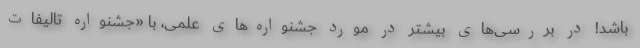
باشد! در بررسی‌های بیشتر در مورد جشنواره‌های علمی، با «جشنواره تالیفات